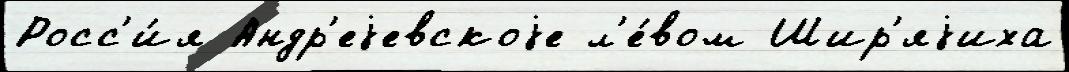
Росс'и́я Андр'еjевскоjе л'е́вом Шир'яjиха